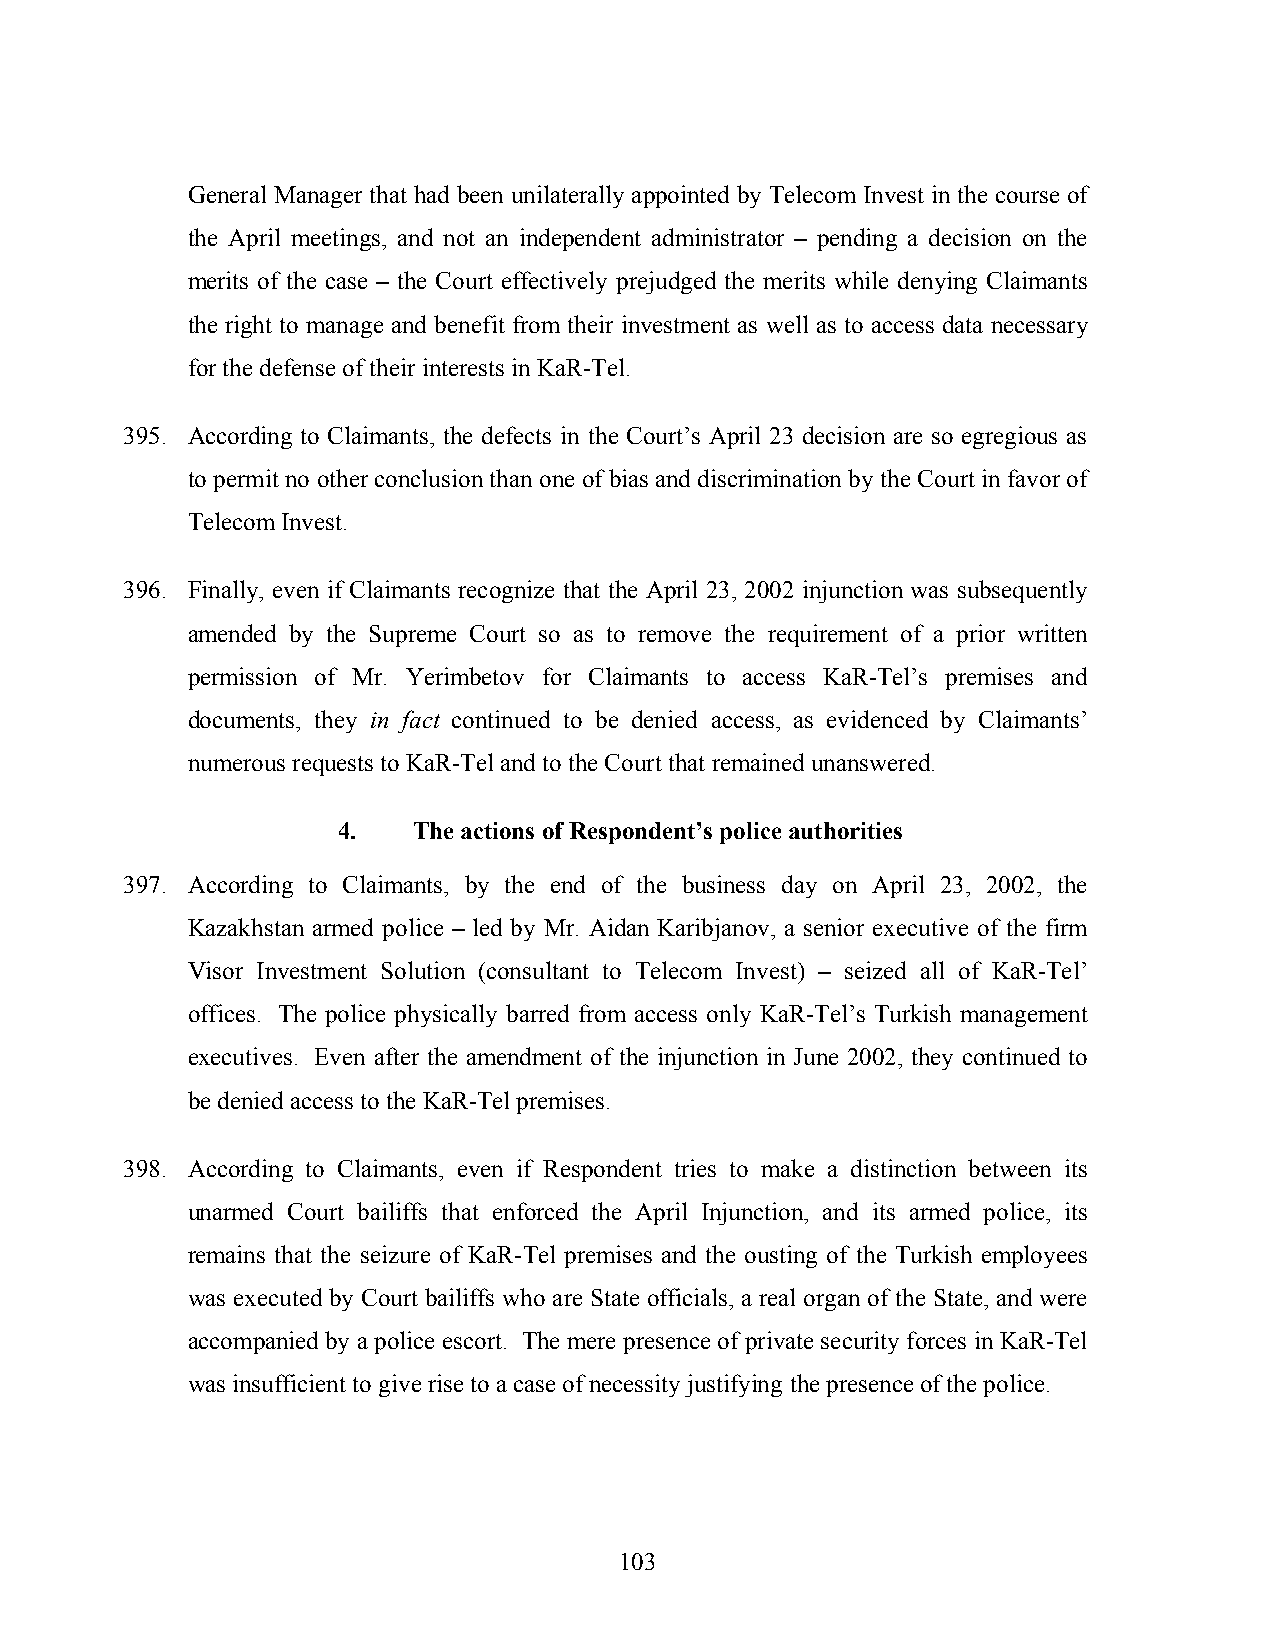
General Manager that had been unilaterally appointed by Telecom Invest in the course of
 the April meetings, and not an independent administrator – pending a decision on the
 merits of the case – the Court effectively prejudged the merits while denying Claimants
 the right to manage and benefit from their investment as well as to access data necessary
 for the defense of their interests in KaR-Tel.
 395. According to Claimants, the defects in the Court’s April 23 decision are so egregious as
 to permit no other conclusion than one of bias and discrimination by the Court in favor of
 Telecom Invest.
 396. Finally, even if Claimants recognize that the April 23, 2002 injunction was subsequently
 amended by the Supreme Court so as to remove the requirement of a prior written
 permission of Mr. Yerimbetov for Claimants to access KaR-Tel’s premises and
 documents, they in fact continued to be denied access, as evidenced by Claimants’
 numerous requests to KaR-Tel and to the Court that remained unanswered.
 4.   The actions of Respondent’s police authorities
 397. According to Claimants, by the end of the business day on April 23, 2002, the
 Kazakhstan armed police – led by Mr. Aidan Karibjanov, a senior executive of the firm
 Visor Investment Solution (consultant to Telecom Invest) – seized all of KaR-Tel’
 offices. The police physically barred from access only KaR-Tel’s Turkish management
 executives. Even after the amendment of the injunction in June 2002, they continued to
 be denied access to the KaR-Tel premises.
 398. According to Claimants, even if Respondent tries to make a distinction between its
 unarmed Court bailiffs that enforced the April Injunction, and its armed police, its
 remains that the seizure of KaR-Tel premises and the ousting of the Turkish employees
 was executed by Court bailiffs who are State officials, a real organ of the State, and were
 accompanied by a police escort. The mere presence of private security forces in KaR-Tel
 was insufficient to give rise to a case of necessity justifying the presence of the police.
 103